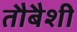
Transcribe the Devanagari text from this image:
तौबैशी